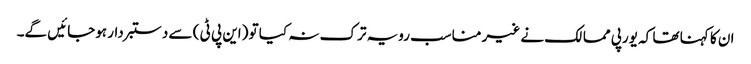
ان کا کہنا تھا کہ یورپی ممالک نے غیر مناسب رویہ ترک نہ کیا تو (این پی ٹی ) سے دستبردار ہوجائیں گے۔